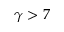
\gamma > 7